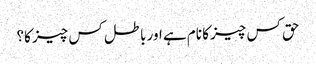
حق کس چیز کا نام ہے اور باطل کس چیز کا؟